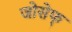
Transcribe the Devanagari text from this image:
जोसेफ्